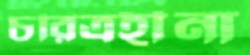
চরিত্রহীনা